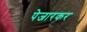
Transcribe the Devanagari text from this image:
पेजारकर